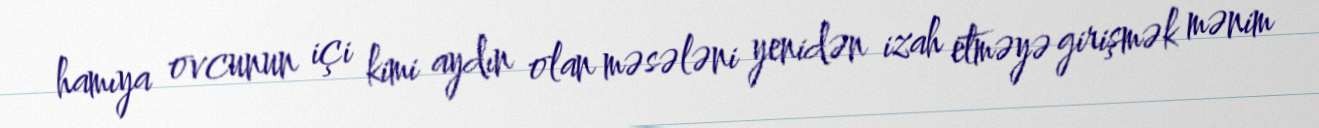
hamıya ovcunun içi kimi aydın olan məsələni yenidən izah etməyə girişmək mənim